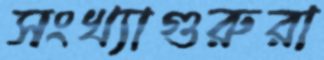
সংখ্যাগুরুরা